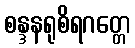
စန္ဒနရုစိရဂတ္တေ